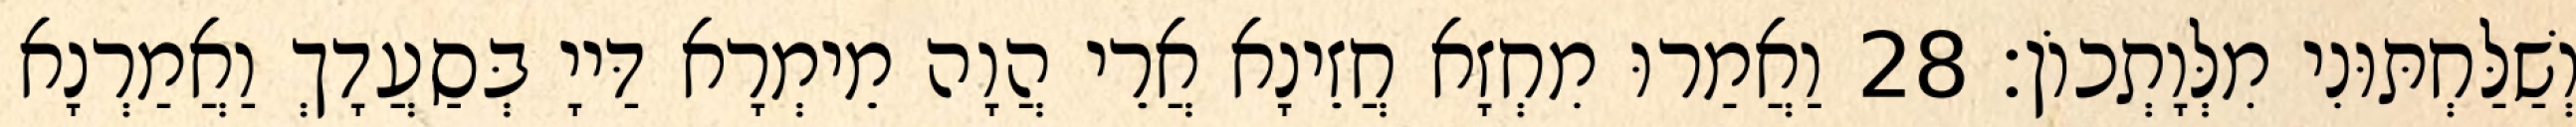
וְשַׁלַּחְתּוּנִי מִלְּוָתְכוֹן׃ 28 וַאֲמַרוּ מִחְזָא חֲזֵינָא אֲרֵי הֲוָה מֵימְרָא דַּייָ בְּסַעֲדָךְ וַאֲמַרְנָא